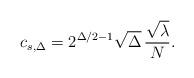
LaTeX: \begin{align*}c_{s,\Delta} = 2^{\Delta/2-1} \sqrt{ \Delta} \, \frac{\sqrt{\lambda}}{N}.\end{align*}